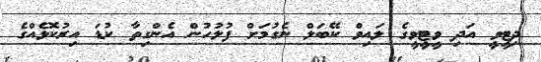
ދިޓީވީ އަދި ވީޓީވީގެ ލައިވް ކޭބަލް ނެގުމަށް ފުލުހުން އެންގިތާ ކުޑަ އިރުކޮޅެއްގެ